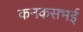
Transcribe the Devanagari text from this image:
कनकसभई